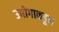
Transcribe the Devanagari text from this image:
उद्योगाकडून